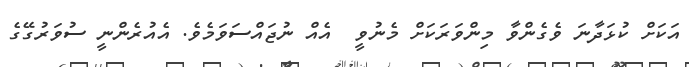
އަކަށް ކުޅަދާނަ ވެގެންވާ މިންވަރަކަށް މެނުވީ  އެއް ނުޖައްސަވަމެވެ. އެއުރެންނީ ސުވަރުގޭގެ